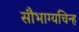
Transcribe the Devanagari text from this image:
सौभाग्यचिन्ह